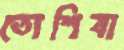
তোশিবা